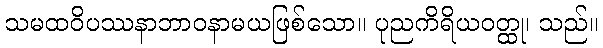
သမထဝိပဿနာဘာဝနာမယဖြစ်သော။ ပုညကိရိယဝတ္ထု၊ သည်။